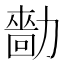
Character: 𠢳